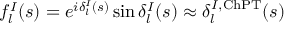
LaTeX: f _ { l } ^ { I } ( s ) = e ^ { i \delta _ { l } ^ { I } ( s ) } \sin \delta _ { l } ^ { I } ( s ) \approx \delta _ { l } ^ { I , \mathrm { C h P T } } ( s )